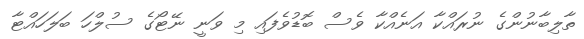
ތާލިބާނުންގެ ނުރައްކާ އަނެއްކާ ވެސް ބޮޑުވެފައި މި ވަނީ ނޭޓޯގެ ސުލްހަ ބަލަހައްޓާ